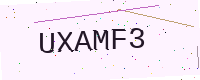
Text: UXAMF3